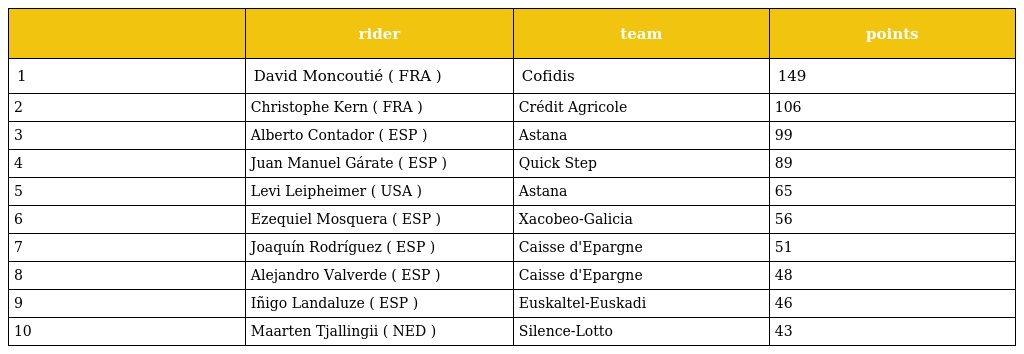
|  | rider | team | points |
 | --- | --- | --- | --- |
 | 1 | David Moncoutié ( FRA ) | Cofidis | 149 |
 | 2 | Christophe Kern ( FRA ) | Crédit Agricole | 106 |
 | 3 | Alberto Contador ( ESP ) | Astana | 99 |
 | 4 | Juan Manuel Gárate ( ESP ) | Quick Step | 89 |
 | 5 | Levi Leipheimer ( USA ) | Astana | 65 |
 | 6 | Ezequiel Mosquera ( ESP ) | Xacobeo-Galicia | 56 |
 | 7 | Joaquín Rodríguez ( ESP ) | Caisse d'Epargne | 51 |
 | 8 | Alejandro Valverde ( ESP ) | Caisse d'Epargne | 48 |
 | 9 | Iñigo Landaluze ( ESP ) | Euskaltel-Euskadi | 46 |
 | 10 | Maarten Tjallingii ( NED ) | Silence-Lotto | 43 |